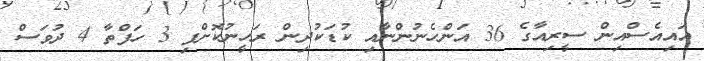
އައިއެސްއިން ސީރިއާގެ 36 އަންހެނުންނާއި ކުޑަކުދިން ރަހީނުކޮށްފި 3 ހަފްތާ 4 ދުވަސް